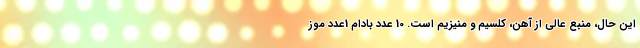
این حال، منبع عالی از آهن، کلسیم و منیزیم است. 10 عدد بادام 1عدد موز